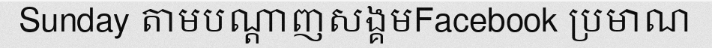
Sunday តាមបណ្តាញសង្គមFacebook ប្រមាណ